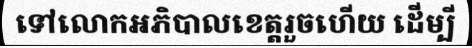
ទៅលោកអភិបាលខេត្តរួចហើយ ដើម្បី